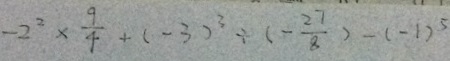
- 2 ^ { 2 } \times \frac { 9 } { 4 } + ( - 3 ) ^ { 2 } \div ( - \frac { 2 7 } { 8 } ) - ( - 1 ) ^ { 5 }